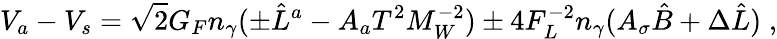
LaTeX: V_{a}-V_{s}=\sqrt{2}G_{F}n_{\gamma}(\pm\hat{L}^{a}-A_{a}T^{2}M_{W}^{-2})\pm 4F_{L}^{-2}n_{\gamma}(A_{\sigma}\hat{B}+\Delta\hat{L})\; ,